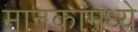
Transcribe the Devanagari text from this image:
मानकामध्ये